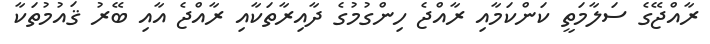
ރާއްޖޭގެ ސަލާމަތީ ކަންކަމާއި ރާއްޖެ ހިންގުމުގެ ދާއިރާތަކާއި ރާއްޖެ އާއި ބޭރު ޤައުމުތަކާ